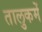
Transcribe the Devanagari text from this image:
तालुकमें